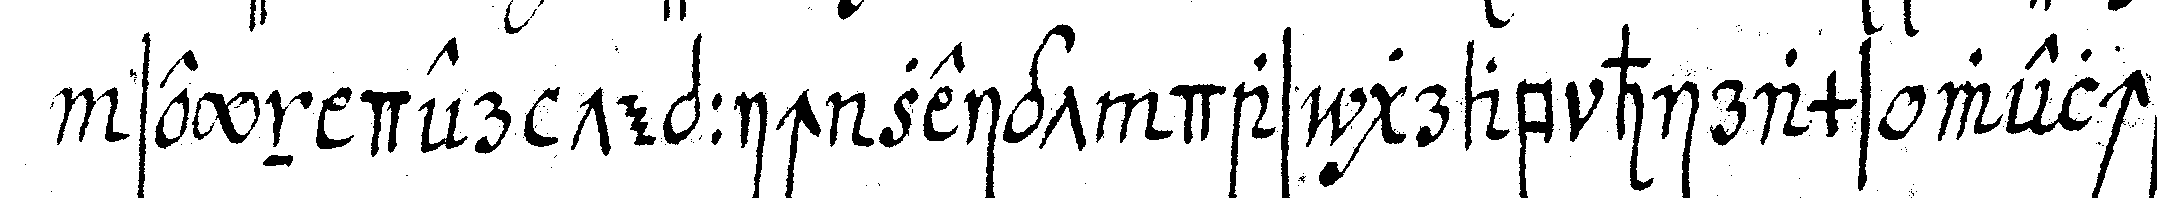
seyn der teppich zeigt das grab hirams welches